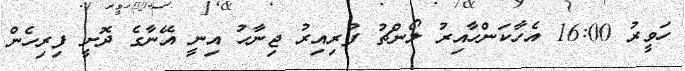
ހަވީރު 16:00 އެހާކަންހާއިރު ލޯންޗު ފުރިއިރު ޖިނާހު އިނީ އޭނާގެ ދޮށީ ފިރިހެން